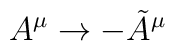
A^{\mu} \rightarrow - \tilde{A}^{\mu}